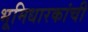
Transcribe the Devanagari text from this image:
भूमिधारकांची